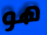
هو